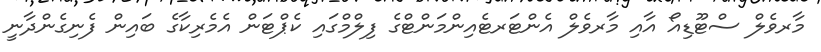
މާރވެލް ސްޓޫޑިއޯ އާއި މާރވެލް އެންޓަރޓެއިންމަންޓްގެ ފިލްމްގައި ކެޕްޓަން އެމެރިކާގެ ބައިން ފެނިގެންދާނީ